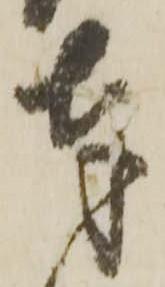
奉